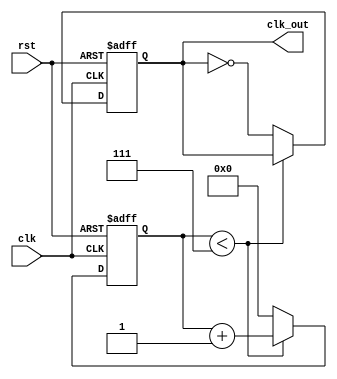
module even16_div(clk,rst,clk_out);
    
input clk,rst;
output clk_out;
reg clk_out;
reg[3:0] count;
// 
parameter N=16;

always @(posedge clk or negedge rst)
    if(!rst) begin
        // 
        count<=1'b0;
        clk_out<=1'b0;
    end
    else if(N%2==0)begin
        if(count<N/2-1) count <=count+1'b1;
        else begin
            // 
            count<=1'b0;
            clk_out<=~clk_out;
        end
    end

endmodule